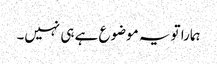
ہمارا تو یہ موضوع ہے ہی نہیں۔